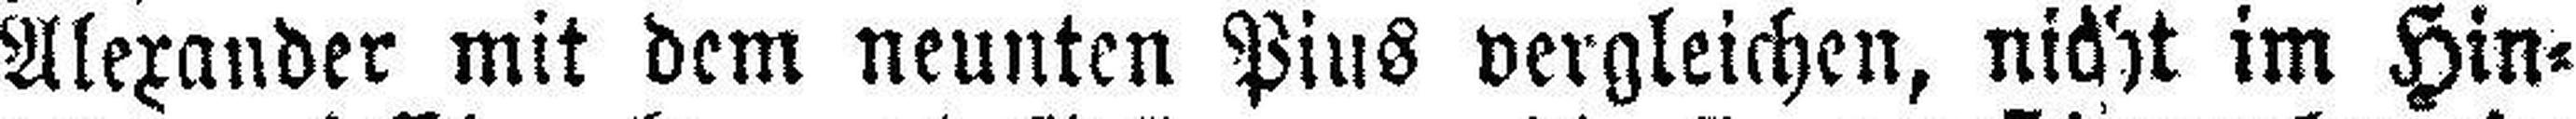
Alexander mit dem neunten Pius vergleichen, nicht im Hin¬